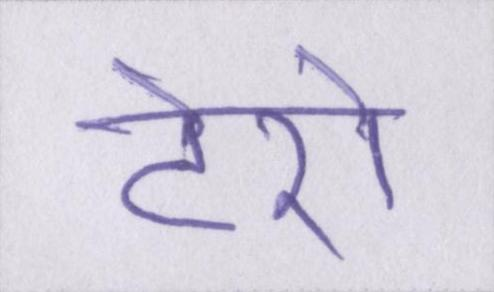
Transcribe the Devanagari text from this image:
टेरो